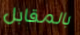
بالمقابل